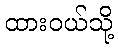
ထားဝယ်သို့